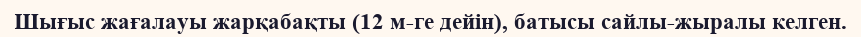
Шығыс жағалауы жарқабақты (12 м-ге дейін), батысы сайлы-жыралы келген.